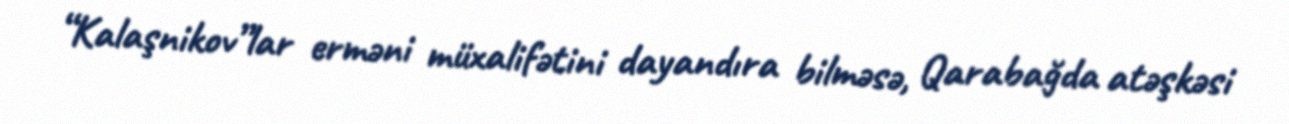
“Kalaşnikov”lar erməni müxalifətini dayandıra bilməsə, Qarabağda atəşkəsi